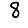
Digit: 8